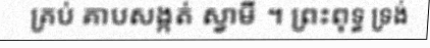
គ្រប់ គាបសង្កត់ ស្វាមី ។ ព្រះពុទ្ធ ទ្រង់